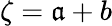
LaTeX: \zeta=\mathfrak{a}+b